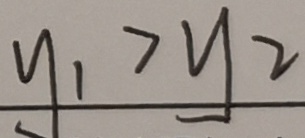
y _ { 1 } > y _ { 2 }